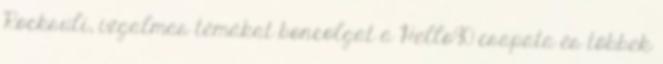
Rocksuli, izgalmas témákat boncolgat a Hello90 csapata és többek